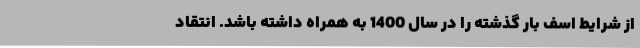
از شرایط اسف بار گذشته را در سال 1400 به همراه داشته باشد. انتقاد